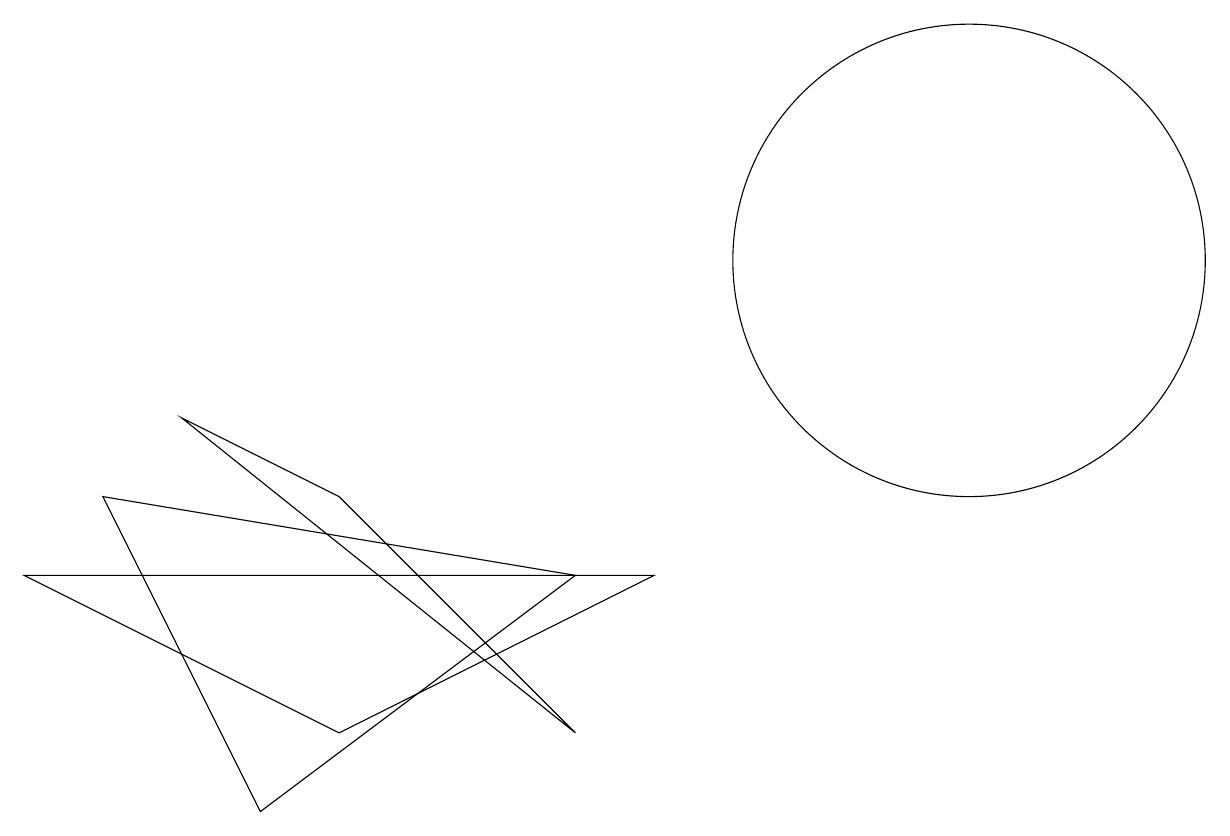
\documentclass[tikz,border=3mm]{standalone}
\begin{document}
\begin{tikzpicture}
\draw (12,11) circle (3);
\draw (0,7) -- (4,5) -- (8,7) -- cycle;
\draw (7,7) -- (1,8) -- (3,4) -- cycle;
\draw (7,5) -- (2,9) -- (4,8) -- cycle;
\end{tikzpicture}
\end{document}